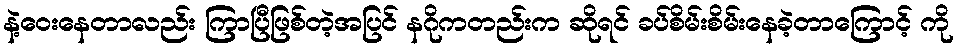
နဲ့ဝေးနေတာလည်း ကြာပြီဖြစ်တဲ့အပြင် နဂိုကတည်းက ဆိုရင် ခပ်စိမ်းစိမ်းနေခဲ့တာကြောင့် ကို